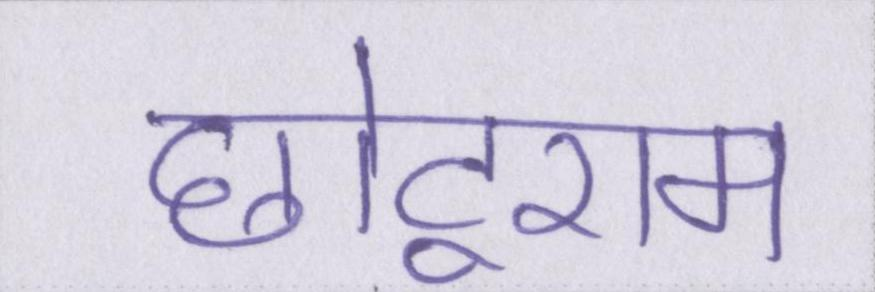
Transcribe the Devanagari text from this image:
छोटूराम